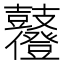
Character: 𪔶